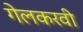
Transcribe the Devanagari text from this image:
गेलकरवी